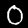
Label: 0